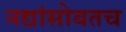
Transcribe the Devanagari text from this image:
नद्यांसोबतच